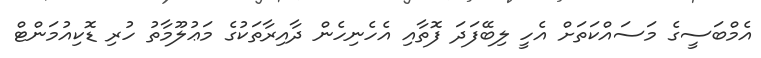
އެމްބަސީގެ މަސައްކަތަށް އެހީ ލިބޭފަދަ ފޮތާއި އެހެނިހެން ދާއިރާތަކުގެ މަޢުލޫމާތު ހުރި ޑޮކިއުމަންޓް